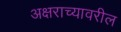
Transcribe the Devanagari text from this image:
अक्षराच्यावरील